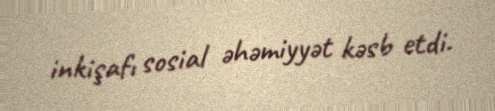
inkişafı sosial əhəmiyyət kəsb etdi.